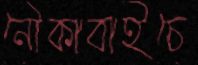
নৌকাবাইচে